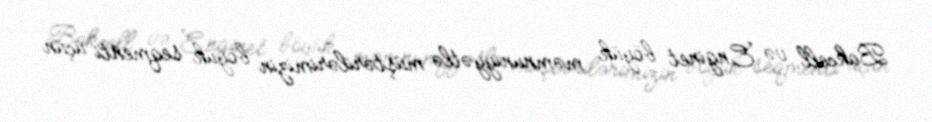
Bakcell və Enginet böyük məmnuniyyətlə müştərilərimizin böyük seqmenti üçün